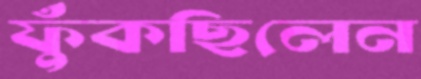
ফুঁকছিলেন